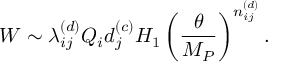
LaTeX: W \sim \lambda _ { i j } ^ { ( d ) } Q _ { i } d _ { j } ^ { ( c ) } H _ { 1 } \left( \frac { \theta } { M _ { P } } \right) ^ { n _ { i j } ^ { ( d ) } } .